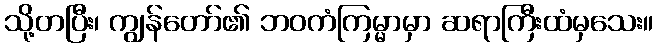
သို့တပြီး၊ ကျွန်တော်၏ ဘဝကံကြမ္မာမှာ ဆရာကြီးထံမှသေး။